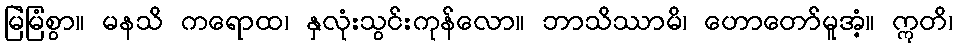
မြဲမြံစွာ။ မနသိ ကရောထ၊ နှလုံးသွင်းကုန်လော။ ဘာသိဿာမိ၊ ဟောတော်မူအံ့။ ဣတိ၊